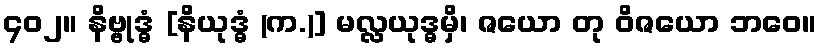
၄၀၂။ နိဗ္ဗုဒ္ဓံ [နိယုဒ္ဓံ (က.)] မလ္လယုဒ္ဓမှိ၊ ဇယော တု ဝိဇယော ဘဝေ။